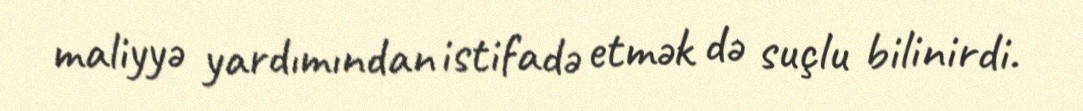
maliyyə yardımından istifadə etmək də suçlu bilinirdi.